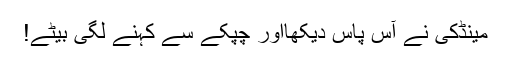
مینڈکی نے آس پاس دیکھااور چپکے سے کہنے لگی بیٹے!